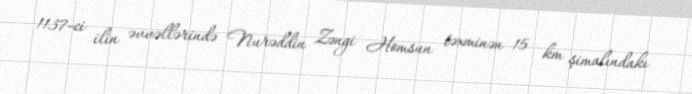
1137-ci ilin əvvəllərində Nurəddin Zəngi Homsun təxminən 15 km şimalındakı